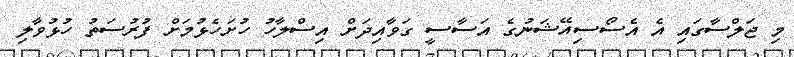
މި ޖަލްސާގައި އެ އެސޯސިއޭޝަނުގެ އަސާސީ ގަވާއިދަށް އިސްލާހު ހުށަހެޅުމަށް ފުރުސަތު ހުޅުވާލި